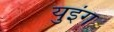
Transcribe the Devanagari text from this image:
युइंग